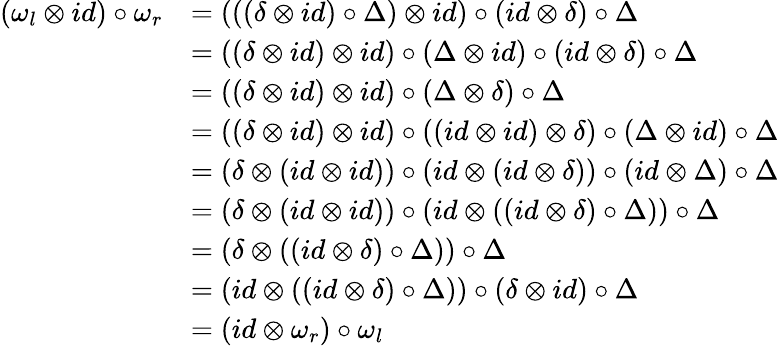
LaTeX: \begin{array}{rl}{(\omega_{l}\otimes id)\circ\omega_{r}}&{=(((\delta\otimes id)\circ\Delta)\otimes id)\circ(id\otimes\delta)\circ\Delta}\\ &{=((\delta\otimes id)\otimes id)\circ(\Delta\otimes id)\circ(id\otimes\delta)\circ\Delta}\\ &{=((\delta\otimes id)\otimes id)\circ(\Delta\otimes\delta)\circ\Delta}\\ &{=((\delta\otimes id)\otimes id)\circ((id\otimes id)\otimes\delta)\circ(\Delta\otimes id)\circ\Delta}\\ &{=(\delta\otimes(id\otimes id))\circ(id\otimes(id\otimes\delta))\circ(id\otimes\Delta)\circ\Delta}\\ &{=(\delta\otimes(id\otimes id))\circ(id\otimes((id\otimes\delta)\circ\Delta))\circ\Delta}\\ &{=(\delta\otimes((id\otimes\delta)\circ\Delta))\circ\Delta}\\ &{=(id\otimes((id\otimes\delta)\circ\Delta))\circ(\delta\otimes id)\circ\Delta}\\ &{=(id\otimes\omega_{r})\circ\omega_{l}}\end{array}